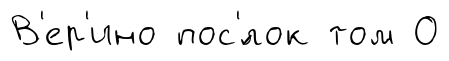
В'ер'ино пос'́лок том О